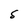
Character: S